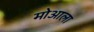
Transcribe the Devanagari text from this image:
मोआला